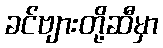
ခင်ဗျားတို့ဆီမှာ